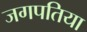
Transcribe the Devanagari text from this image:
जगपतिया